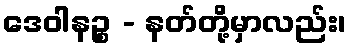
ဒေဝါနဉ္စ - နတ်တို့မှာလည်း၊